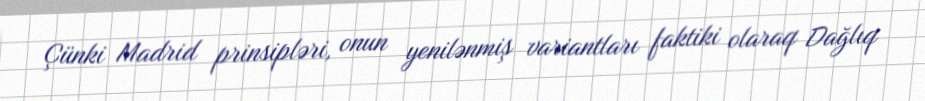
Çünki Madrid prinsipləri, onun yenilənmiş variantları faktiki olaraq Dağlıq